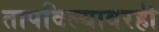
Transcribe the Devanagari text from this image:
तापविल्यावरही